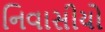
નિવાસીયો